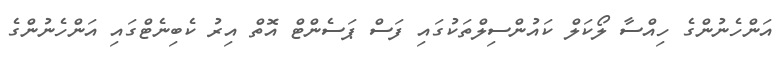
އަންހެނުންގެ ހިއްސާ ލޯކަލް ކައުންސިލްތަކުގައި ފަސް ޕަސެންޓް އޮތް އިރު ކެބިނެޓްގައި އަންހެނުންގެ